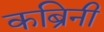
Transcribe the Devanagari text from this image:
कब्रिनी